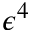
\epsilon ^ { 4 }